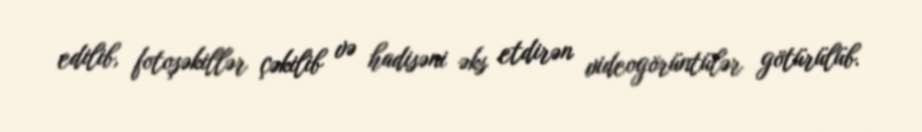
edilib, fotoşəkillər çəkilib və hadisəni əks etdirən videogörüntülər götürülüb.